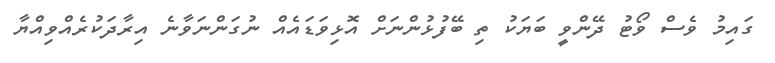
ގައިމު ވެސް ވޯޓު ދޭންވީ ބަޔަކު ތި ބޭފުޅުންނަށް އޮޅިވަޑައެއް ނުގަންނަވާނެ އިރާދަކުރެއްވިއްޔާ